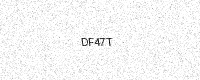
Text: DF47T